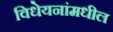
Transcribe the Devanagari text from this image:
विधेयनांमधील